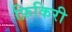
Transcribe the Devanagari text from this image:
फ़िकिरी